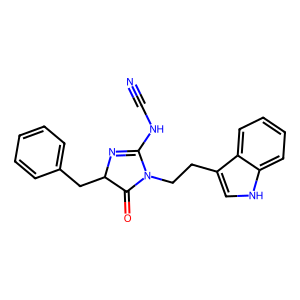
SMILES: N#CNC1=NC(Cc2ccccc2)C(=O)N1CCc1c[nH]c2ccccc12
Inhibits HIV replication: No